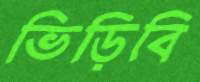
ভিড়িবি